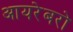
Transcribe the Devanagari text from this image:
आयरेबरो